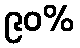
၉၀%